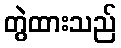
တွဲထားသည်